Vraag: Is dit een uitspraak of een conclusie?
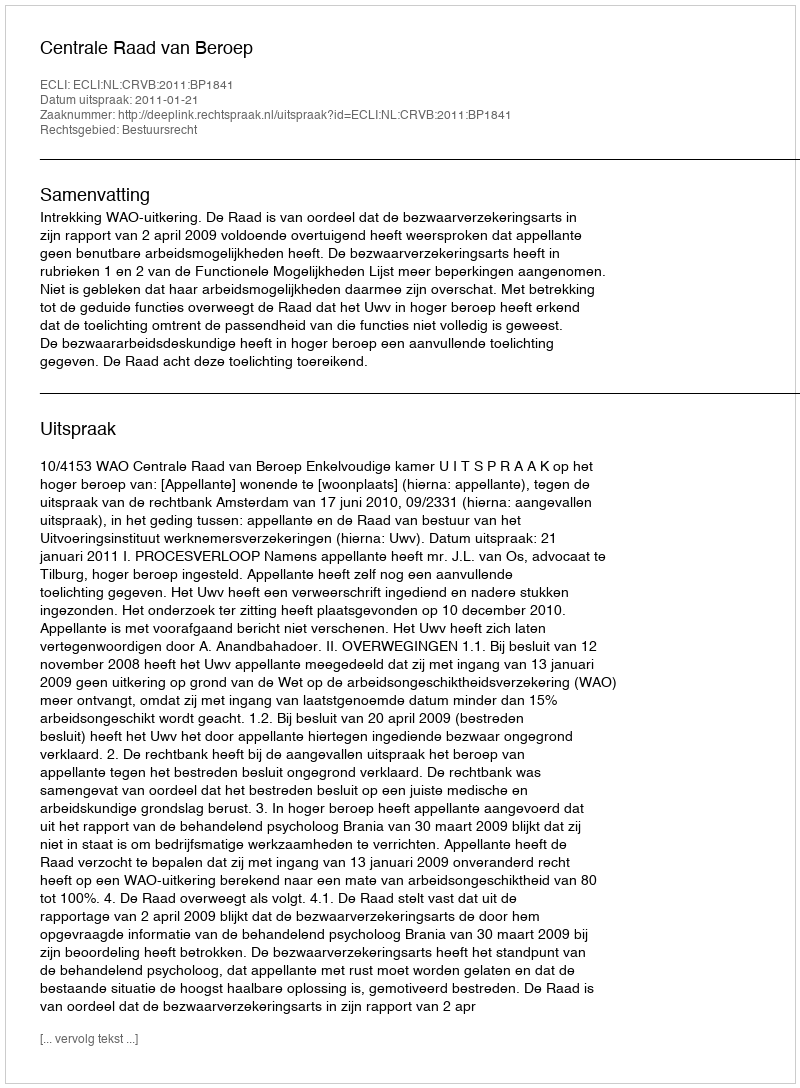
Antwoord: Uitspraak